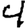
Digit: 4